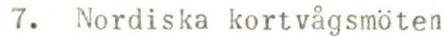
7. Nordiska kortvågsmöten